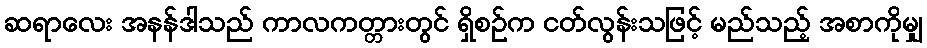
ဆရာလေး အနန်ဒါသည် ကာလကတ္တားတွင် ရှိစဉ်က ငတ်လွန်းသဖြင့် မည်သည့် အစာကိုမျှ